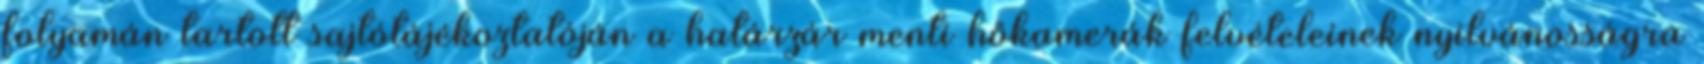
folyamán tartott sajtótájékoztatóján a határzár menti hőkamerák felvételeinek nyilvánosságra